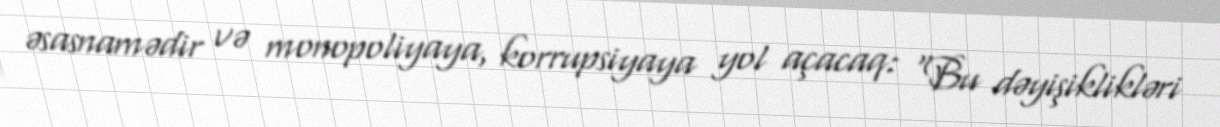
əsasnamədir və monopoliyaya, korrupsiyaya yol açacaq: “Bu dəyişiklikləri